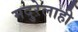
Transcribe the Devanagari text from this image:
मदुरेलाही